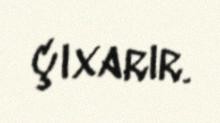
çıxarır.